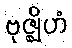
ဗုဇ္ဈိဟံ